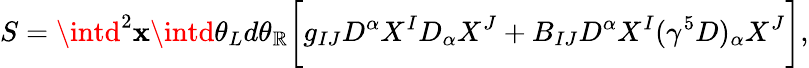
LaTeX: S=\intd^{2}\mathbf{x}\intd\theta_{L}d\theta_{\mathbb{R}}\biggl[g_{IJ}D^{\alpha}X^{I}D_{\alpha}X^{J}+B_{IJ}D^{\alpha}X^{I}(\gamma^{5}D)_{\alpha}X^{J}\biggr],